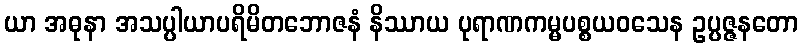
ယာ အဓုနာ အသပ္ပါယာပရိမိတဘောဇနံ နိဿာယ ပုရာဏကမ္မပစ္စယဝသေန ဥပ္ပဇ္ဇနတော